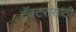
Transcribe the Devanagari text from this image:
ट्रॅक्टरांसाठी